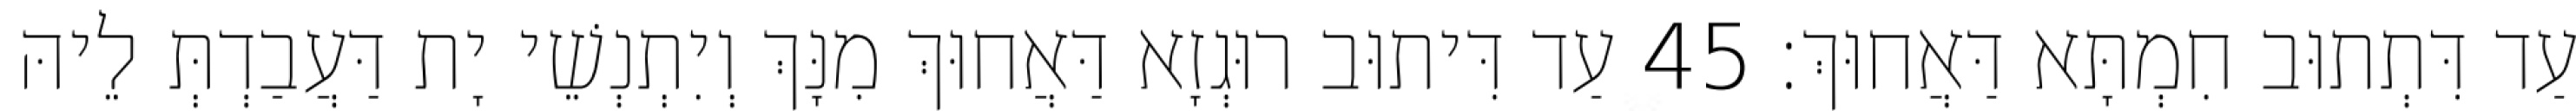
עַד דִּתְתוּב חִמְתָּא דַּאֲחוּךְ׃ 45 עַד דִּיתוּב רוּגְזָא דַּאֲחוּךְ מִנָּךְ וְיִתְנְשֵׁי יָת דַּעֲבַדְתְּ לֵיהּ